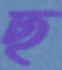
ছ